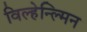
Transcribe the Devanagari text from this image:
विल्हेन्ल्मिन